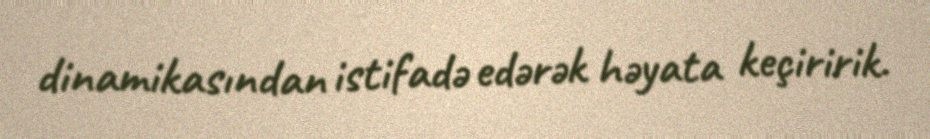
dinamikasından istifadə edərək həyata keçiririk.